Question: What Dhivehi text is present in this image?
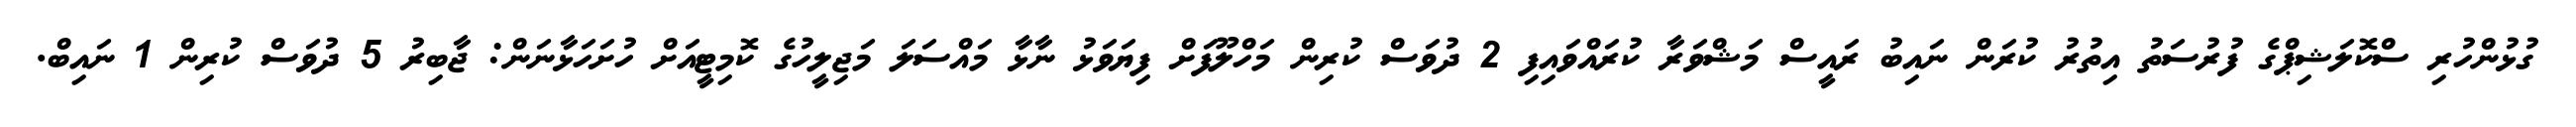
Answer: ގުޅުންހުރި ސްކޮލަޝިޕްގެ ފުރުސަތު އިތުރު ކުރަން ނައިބު ރައީސް މަޝްވަރާ ކުރައްވައިފި 2 ދުވަސް ކުރިން މަހްލޫފަށް ފިޔަވަޅު ނާޅާ މައްސަލަ މަޖިލީހުގެ ކޮމިޓީއަށް ހުށަހަޅާނަން: ޖާބިރު 5 ދުވަސް ކުރިން 1 ނައިބް.